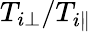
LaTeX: T_{i\perp}/T_{i\parallel}